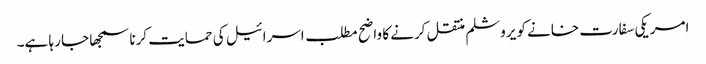
امریکی سفارت خانے کو یروشلم منتقل کرنے کا واضح مطلب اسرائیل کی حمایت کرنا سمجھا جا رہا ہے۔